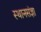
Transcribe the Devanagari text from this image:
स्थानसंज्ञा